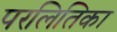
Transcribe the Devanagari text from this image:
परलितिका